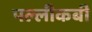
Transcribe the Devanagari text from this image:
पल्लीकबी